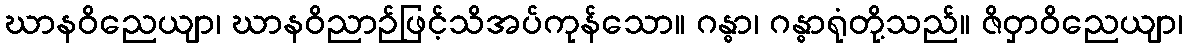
ဃာနဝိညေယျာ၊ ဃာနဝိညာဉ်ဖြင့်သိအပ်ကုန်သော။ ဂန္ဓာ၊ ဂန္ဓာရုံတို့သည်။ ဇိဝှာဝိညေယျာ၊